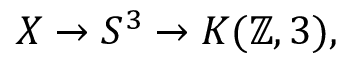
X \to S ^ { 3 } \to K ( \mathbb { Z } , 3 ) ,